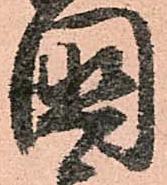
國